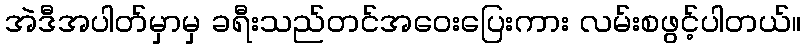
အဲဒီအပါတ်မှာမှ ခရီးသည်တင်အဝေးပြေးကား လမ်းစဖွင့်ပါတယ်။